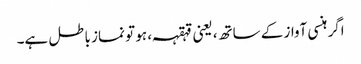
اگر ہنسی آواز کے ساتھ، یعنی قہقہہ ، ہو تو نماز باطل ہے۔